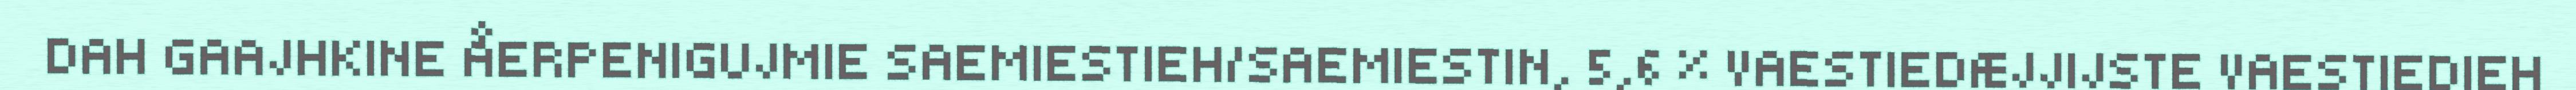
DAH GAAJHKINE ÅERPENIGUJMIE SAEMIESTIEH/SAEMIESTIN, 5,6 % VAESTIEDÆJJIJSTE VAESTIEDIEH